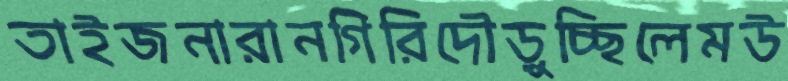
তাইজনারানগিরিদৌড়ুচ্ছিলেমউ